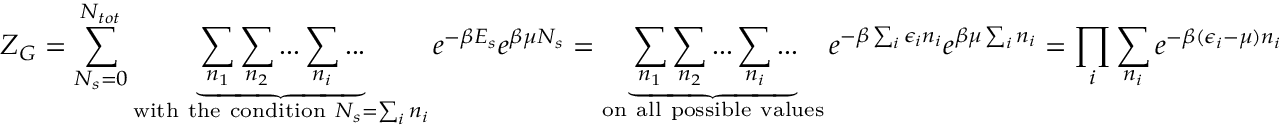
Z _ { G } = \sum _ { N _ { s } = 0 } ^ { N _ { t o t } } \underbrace { \sum _ { n _ { 1 } } \sum _ { n _ { 2 } } . . . \sum _ { n _ { i } } . . . } _ { \mathrm { w i t h ~ t h e ~ c o n d i t i o n ~ } N _ { s } = \sum _ { i } n _ { i } } e ^ { - \beta E _ { s } } e ^ { \beta \mu N _ { s } } = \underbrace { \sum _ { n _ { 1 } } \sum _ { n _ { 2 } } . . . \sum _ { n _ { i } } . . . } _ { \mathrm { o n ~ a l l ~ p o s s i b l e ~ v a l u e s } } e ^ { - \beta \sum _ { i } \epsilon _ { i } n _ { i } } e ^ { \beta \mu \sum _ { i } n _ { i } } = \prod _ { i } \sum _ { n _ { i } } e ^ { - \beta ( \epsilon _ { i } - \mu ) n _ { i } }